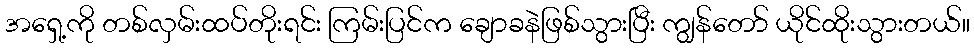
အရှေ့ကို တစ်လှမ်းထပ်တိုးရင်း ကြမ်းပြင်က ချောခနဲဖြစ်သွားပြီး ကျွန်တော် ယိုင်ထိုးသွားတယ်။